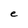
Character: e